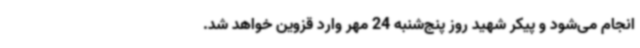
انجام می‌شود و پیکر شهید روز پنج‌شنبه 24 مهر وارد قزوین خواهد شد.